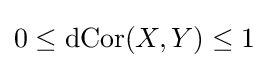
0\leq \operatorname {dCor} (X,Y)\leq 1